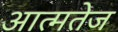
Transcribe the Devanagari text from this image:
आत्मतेज